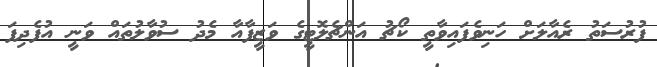
ފުރުސަތު ރެއާލަށް ހަނިވެފައިވާތީ ކޯޗު އަންޗެލޮޓީގެ ވަޒީފާއާ މެދު ސުވާލުތައް ވަނީ އުފެދިފަ